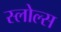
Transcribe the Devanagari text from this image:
स्लोल्स